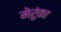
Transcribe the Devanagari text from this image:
मेरुंका